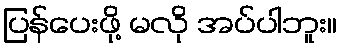
ပြန်ပေးဖို့ မလို အပ်ပါဘူး။